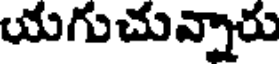
యగుచున్నారు